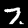
Label: 7